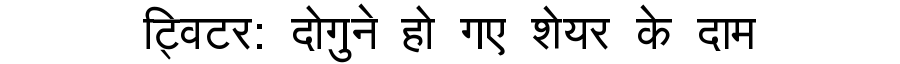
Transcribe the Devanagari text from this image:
ट्विटर: दोगुने हो गए शेयर के दाम